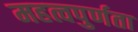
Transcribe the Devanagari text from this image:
महत्वपुर्णता